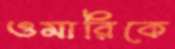
ওমারিকে